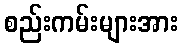
စည်းကမ်းများအား